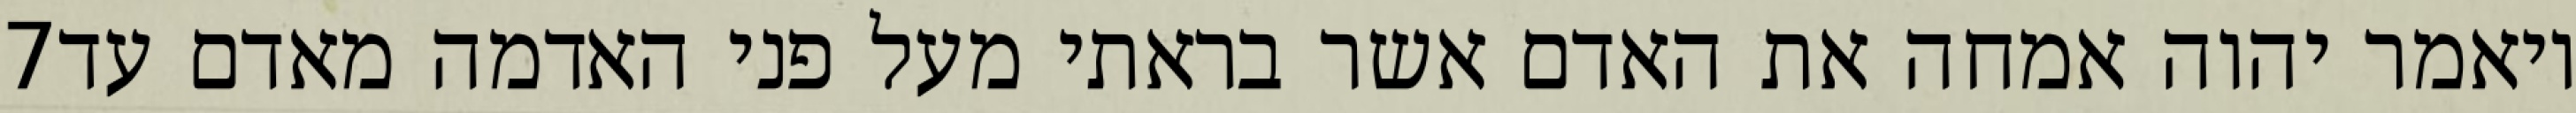
‎7‏ ויאמר יהוה אמחה את האדם אשר בראתי מעל פני האדמה מאדם עד